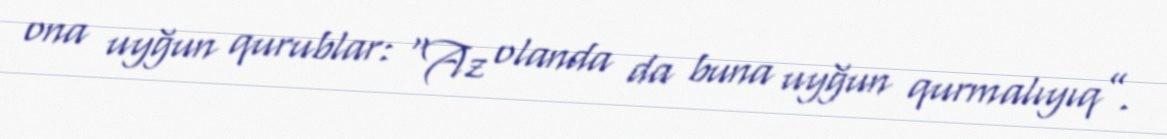
ona uyğun qurublar: “Az olanda da buna uyğun qurmalıyıq”.